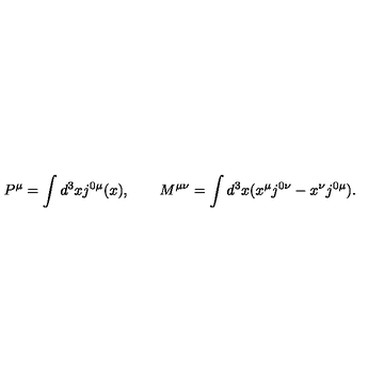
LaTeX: P ^ { \mu } = \int d ^ { 3 } x j ^ { 0 \mu } ( x ) , \quad \quad M ^ { \mu \nu } = \int d ^ { 3 } x ( x ^ { \mu } j ^ { 0 \nu } - x ^ { \nu } j ^ { 0 \mu } ) .